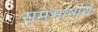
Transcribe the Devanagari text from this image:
समभाषांश